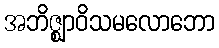
အဘိဇ္ဈာဝိသမလောဘော